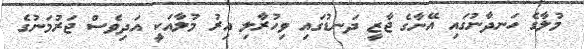
މުލާގެ ހަނދާނުގައި އޭނާގެ ޖާޒީ ދަނޑުގައި ވިހުރާލި އިރު މުލާއަކީ އަދިވެސް ޖަރުމަނުގެ